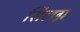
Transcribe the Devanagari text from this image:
सिलग्न